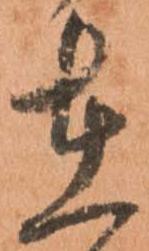
在